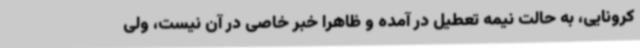
کرونایی، به حالت نیمه تعطیل در آمده و ظاهرا خبر خاصی در آن نیست، ولی